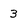
Character: 3